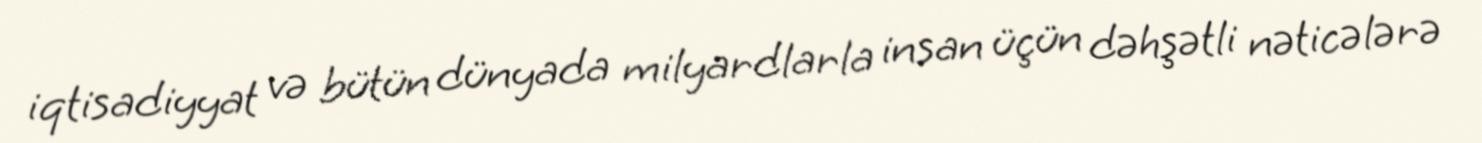
iqtisadiyyat və bütün dünyada milyardlarla insan üçün dəhşətli nəticələrə